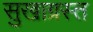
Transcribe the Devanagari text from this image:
सुखाग्रस्‍त